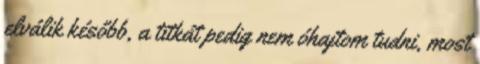
elválik később, a titkát pedig nem óhajtom tudni, most